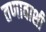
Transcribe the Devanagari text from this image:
तणावाशी